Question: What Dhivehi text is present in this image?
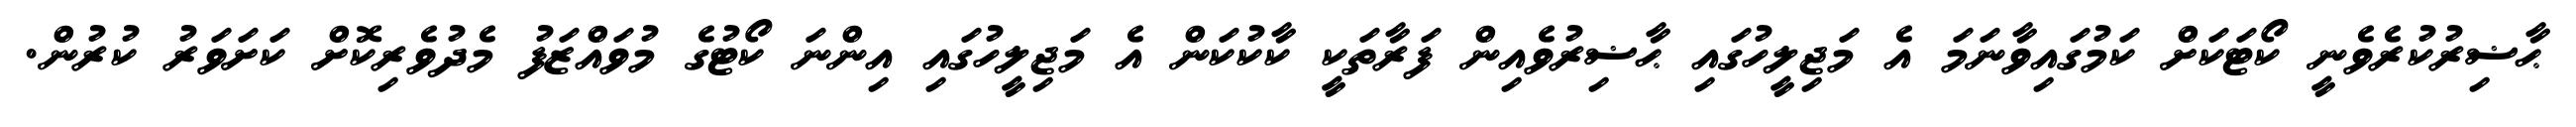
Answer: ޙާޟިރުކުރެވެނީ ކޯޓަކަށް ކަމުގައިވާނަމަ އެ މަޖިލީހުގައި ޙާޟިރުވެއިން ފަރާތަކީ ކާކުކަން އެ މަޖިލީހުގައި އިންނަ ކޯޓުގެ މުވައްޒަފު މެދުވެރިކޮށް ކަށަވަރު ކުރުން.